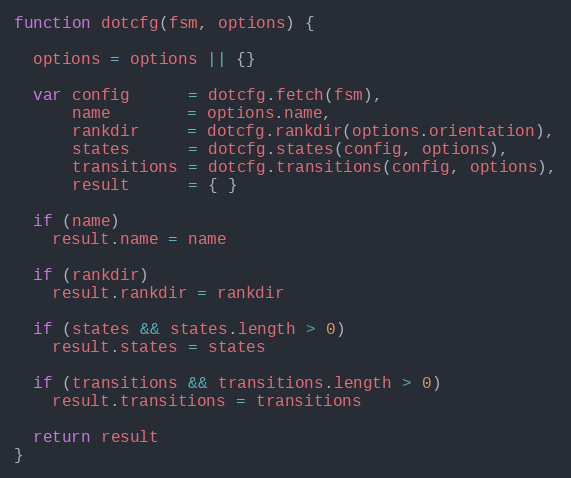
Language: JavaScript
function dotcfg(fsm, options) {

  options = options || {}

  var config      = dotcfg.fetch(fsm),
      name        = options.name,
      rankdir     = dotcfg.rankdir(options.orientation),
      states      = dotcfg.states(config, options),
      transitions = dotcfg.transitions(config, options),
      result      = { }

  if (name)
    result.name = name

  if (rankdir)
    result.rankdir = rankdir

  if (states && states.length > 0)
    result.states = states

  if (transitions && transitions.length > 0)
    result.transitions = transitions

  return result
}